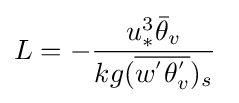
L=-{\frac {u_{*}^{3}{\bar {\theta }}_{v}}{kg({\overline {w^{'}\theta _{v}^{'}}})_{s}}}\